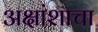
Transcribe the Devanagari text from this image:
अक्षांशाचा